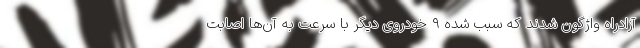
آزادراه واژگون شدند که سبب شده 9 خودروی دیگر با سرعت به آن‌ها اصابت